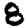
Digit: 8